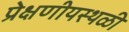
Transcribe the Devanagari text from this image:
प्रेक्षणीयस्थळी